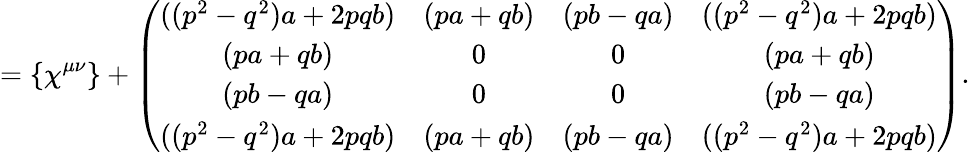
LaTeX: =\{ \chi^{\mu\nu}\} +\left(\begin{array}{cccc}{{((p^{2}-q^{2})a+2pqb)}}&{{(pa+qb)}}&{{(pb-qa)}}&{{((p^{2}-q^{2})a+2pqb)}}\\ {{(pa+qb)}}&{{0}}&{{0}}&{{(pa+qb)}}\\ {{(pb-qa)}}&{{0}}&{{0}}&{{(pb-qa)}}\\ {{((p^{2}-q^{2})a+2pqb)}}&{{(pa+qb)}}&{{(pb-qa)}}&{{((p^{2}-q^{2})a+2pqb)}}\end{array}\right).